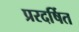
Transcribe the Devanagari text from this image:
प्ररदर्षित